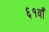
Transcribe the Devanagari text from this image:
६१वाँ